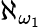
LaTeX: \aleph_{\omega_{1}}